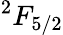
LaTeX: {^2}F_{5/2}